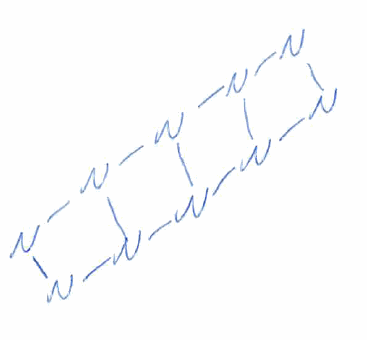
Simplified molecular-input line-entry system (SMILES) notation of the given molecule:
N12N3N4N1N5N2N6N3N4N56